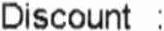
DISCOUNT :